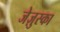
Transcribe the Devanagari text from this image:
जेज़ुस्का